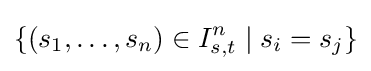
\{(s_{1},\ldots ,s_{n})\in I_{s,t}^{n}\mid s_{i}=s_{j}\}